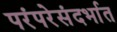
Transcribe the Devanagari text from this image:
परंपरेसंदर्भात